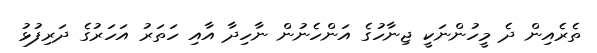
ތެރެއިން ދެ މީހުންނަކީ ޖިނާހުގެ އަންހެނުން ނާހިދާ އާއި ހަތަރު އަހަރުގެ ދަރިފުޅު